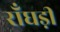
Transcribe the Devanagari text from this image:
राँघड़ी